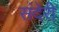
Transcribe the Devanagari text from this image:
संदेरी